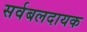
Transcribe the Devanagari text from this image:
सर्वबलदायक